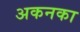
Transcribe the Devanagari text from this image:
अकनका